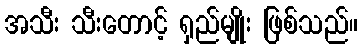
အသီး သီးတောင့် ရှည်မျိုး ဖြစ်သည်။